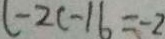
l - 2 c - 1 6 = - 2